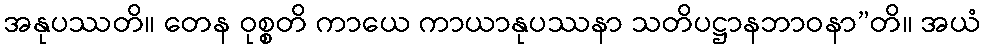
အနုပဿတိ။ တေန ဝုစ္စတိ ကာယေ ကာယာနုပဿနာ သတိပဋ္ဌာနဘာဝနာ”တိ။ အယံ